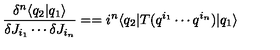
\frac { \delta ^ { n } \langle q _ { 2 } | q _ { 1 } \rangle } { \delta J _ { i _ { 1 } } \cdots \delta J _ { i _ { n } } } = = i ^ { n } \langle q _ { 2 } | T ( q ^ { i _ { 1 } } \cdots q ^ { i _ { n } } ) | q _ { 1 } \rangle